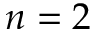
n = 2